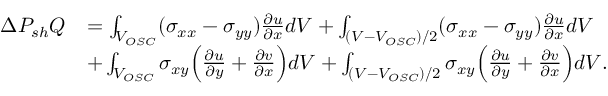
\begin{array} { r l } { \Delta P _ { s h } Q } & { = \int _ { V _ { O S C } } ( \sigma _ { x x } - \sigma _ { y y } ) \frac { \partial u } { \partial x } d V + \int _ { ( V - V _ { O S C } ) / 2 } ( \sigma _ { x x } - \sigma _ { y y } ) \frac { \partial u } { \partial x } d V } \\ & { + \int _ { V _ { O S C } } \sigma _ { x y } \Bigl ( \frac { \partial u } { \partial y } + \frac { \partial v } { \partial x } \Bigr ) d V + \int _ { ( V - V _ { O S C } ) / 2 } \sigma _ { x y } \Bigl ( \frac { \partial u } { \partial y } + \frac { \partial v } { \partial x } \Bigr ) d V . } \end{array}